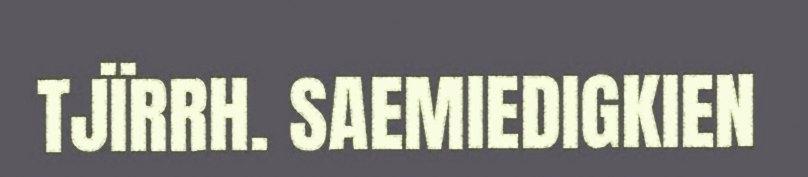
TJÏRRH. SAEMIEDIGKIEN